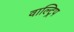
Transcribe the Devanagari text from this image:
वाल्ट्रिप